Reports on military cantonments and civil stations in the Presidency of Bombay inspected by the Sanitary Commissioner in the years 1875 and 1876
Year: 1875
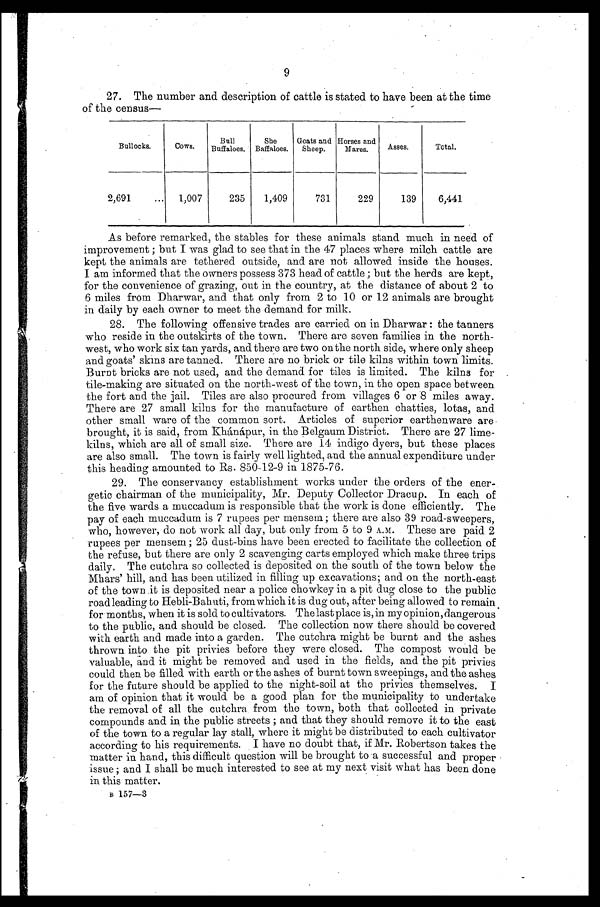
9
27. The number and description of cattle is stated to have been at the time
of the census—
Bullocks.
Cows.
Bull
Buffaloes.
She
Buffaloes.
Goats and
Sheep.
Horses and
Mares.
Asses.
Total.
2,691 . . .
1,007
235
1,409
731
229
139
6,441
As before remarked, the stables for these animals stand much in need of
improvement; but I was glad to see that in the 47 places where milch cattle are
kept the animals are tethered outside, and are not allowed inside the houses.
I am informed that the owners possess 373 head of cattle; but the herds are kept,
for the convenience of grazing, out in the country, at the distance of about 2 to
6 miles from Dharwar, and that only from 2 to 10 or 12 animals are brought
in daily by each owner to meet the demand for milk.
28. The following offensive trades are carried on in Dharwar: the tanners
who reside in the outskirts of the town. There are seven families in the north
-
west, who work six tan yards, and there are two on the north side, where only sheep
and goats' skins are tanned. There are no brick or tile kilns within town limits.
Burnt bricks are not used, and the demand for tiles is limited. The kilns for
tile- making are situated on the north-west of the town, in the open space between
the fort and the jail. Tiles are also procured from villages 6 or 8 miles away.
There are 27 small kilns for the manufacture of earthen chatties, lotas, and
other small ware of the common sort. Articles of superior earthenware are
brought, it is said, from Khánápur, in the Belgaum District. There are 27 lime
-
kilns, which are all of small size. There are 14 indigo dyers, but these places
are also small. The town is fairly well lighted, and the annual expenditure under
this heading amounted to Rs. 850-12-9 in 1875-76.
29. The conservancy establishment works under the orders of the ener
-
getic chairman of the municipality, Mr. Deputy Collector Dracup. In each of
the five wards a muccadum is responsible that the work is done efficiently. The
pay of each muccadum is 7 rupees per mensem; there are also 39 road-sweepers,
who, however, do not work all day, but only from 5 to 9 A.M. These are paid 2
rupees per mensem; 25 dust-bins have been erected to facilitate the collection of
the refuse, but there are only 2 scavenging carts employed which make three trips
daily. The cutchra so collected is deposited on the south of the town below the
Mhars' hill, and has been utilized in filling up excavations; and on the north-east
of the town it is deposited near a police chowkey in a pit dug close to the public
road leading to Hebli-Bahuti, from which it is dug out, after being allowed to remain
for months, when it is sold to cultivators. The last place is, in my opinion, dangerous
to the public, and should be closed. The collection now there should be covered
with earth and made into a garden. The cutchra might be burnt and the ashes
thrown into the pit privies before they were closed. The compost would be
valuable, and it might be removed and used in the fields, and the pit privies
could then be filled with earth or the ashes of burnt town sweepings, and the ashes
for the future should be applied to the night-soil at the privies themselves. I
am of opinion that it would be a good plan for the municipality to undertake
the removal of all the cutchra from the town, both that collected in private
compounds and in the public streets; and that they should remove it to the east
of the town to a regular lay stall, where it might be distributed to each cultivator
according to his requirements. I have no doubt that, if Mr. Robertson takes the
matter in hand, this difficult question will be brought to a successful and proper
issue; and I shall be much interested to see at my next visit what has been done
in this matter.
B 1 5 7 — 3